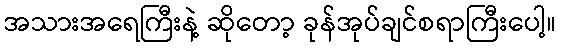
အသားအရေကြီးနဲ့ ဆိုတော့ ခုန်အုပ်ချင်စရာကြီးပေါ့။